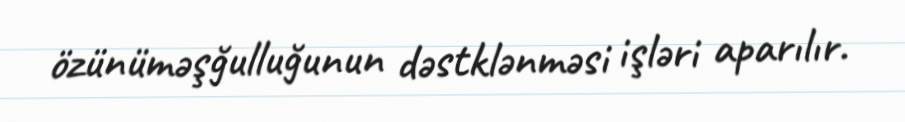
özünüməşğulluğunun dəstklənməsi işləri aparılır.